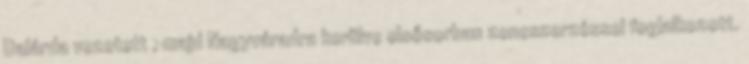
Dalárda vezetett , majd Nagyváradra kerülve elsősorban zeneszerzéssel foglalkozott.